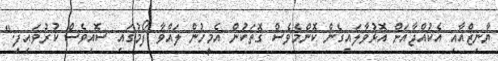
ޔާނިޒްއާއި އެކުއްޖާއަށް އޮޅުވާލައިގެން ކޮންމެވެސް ގޮތަކުން އެމީހުން ލައްވާ ފޯމުގައި ސޮއިވެސް ކުރުވައިފި."